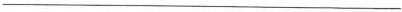
___